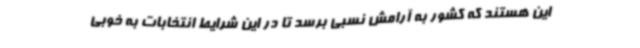
این هستند که کشور به آرامش نسبی برسد تا در این شرایط انتخابات به خوبی